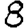
Digit: 8